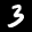
Label: 3